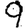
Digit: 9